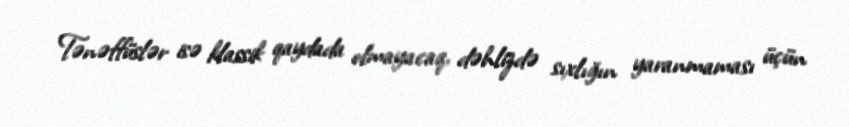
Tənəffüslər isə klassik qaydada olmayacaq, dəhlizdə sıxlığın yaranmaması üçün